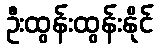
ဦးထွန်းထွန်းနိုင်